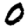
Digit: 0